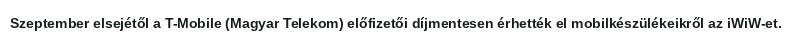
Szeptember elsejétől a T-Mobile (Magyar Telekom) előfizetői díjmentesen érhették el mobilkészülékeikről az iWiW-et.